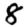
Digit: 8